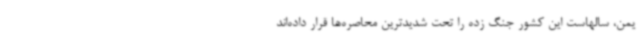
یمن، سالهاست این کشور جنگ زده را تحت شدیدترین محاصره‌ها قرار داده‌اند